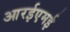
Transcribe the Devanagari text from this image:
आरईएमई